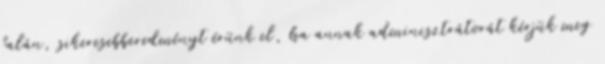
falán, sikeresebberedményt érünk el, ha annak adminisztrátorát kérjük meg